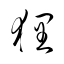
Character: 狸